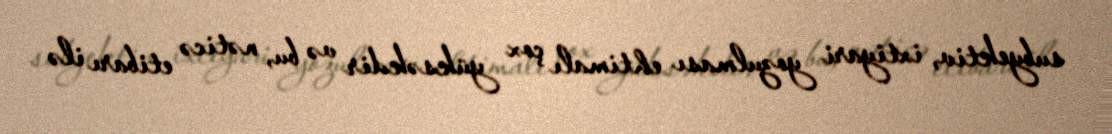
subyektiv, ixtiyari yozulması ehtimalı çox yüksəkdir və bu, nəticə etibarı ilə